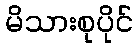
မိသားစုပိုင်